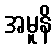
အမူနိ